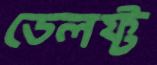
ডেলফ্ট